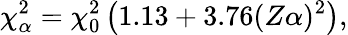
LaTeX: \chi_{\alpha}^{2}=\chi_{0}^{2}\left(1.13+3.76(Z\alpha)^{2}\right),